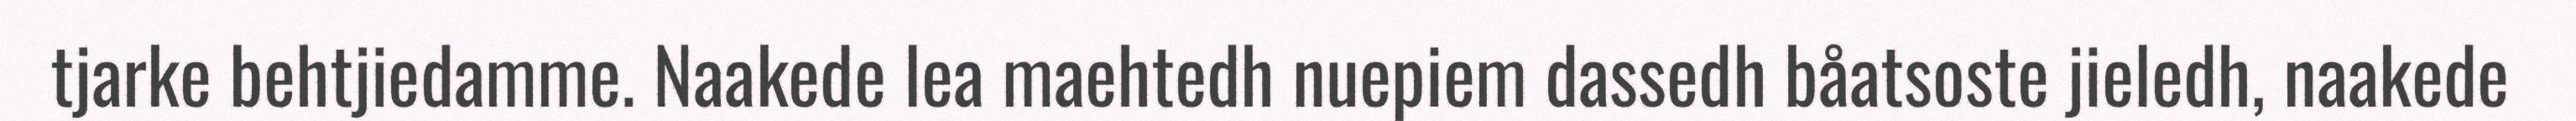
tjarke behtjiedamme. Naakede lea maehtedh nuepiem dassedh båatsoste jieledh, naakede